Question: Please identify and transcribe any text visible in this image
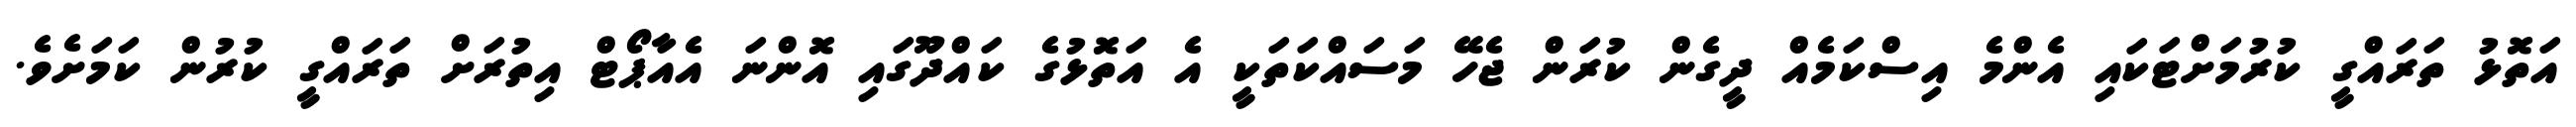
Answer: އަތޮޅު ތަރައްގީ ކުރުމަށްޓަކައި އެންމެ އިސްކަމެއް ދީގެން ކުރަން ޖެހޭ މަސައްކަތަކީ އެ އަތޮޅުގެ ކައްދޫގައި އޮންނަ އެއާޕޯޓް އިތުރަށް ތަރައްގީ ކުރުން ކަމަށެވެ.